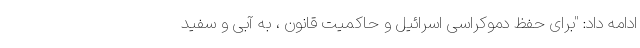
ادامه داد: "برای حفظ دموکراسی اسرائیل و حاکمیت قانون ، به آبی و سفید